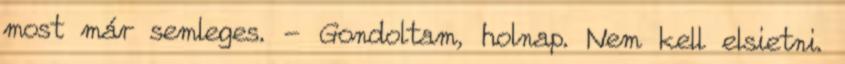
most már semleges. - Gondoltam, holnap. Nem kell elsietni.